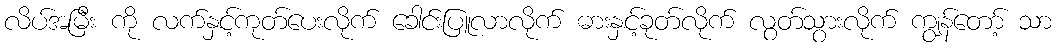
လိပ်အမြီး ကို လက်နှင့်ကုတ်ပေးလိုက် ခေါင်းပြူလာလိုက် ဓားနှင့်ခုတ်လိုက် လွတ်သွားလိုက် ကျွန်တော့် သာ